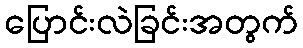
ပြောင်းလဲခြင်းအတွက်